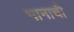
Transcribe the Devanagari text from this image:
भानाची